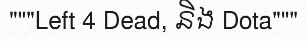
"""Left 4 Dead, និង Dota"""